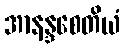
အာနန္ဒစေတိယံ